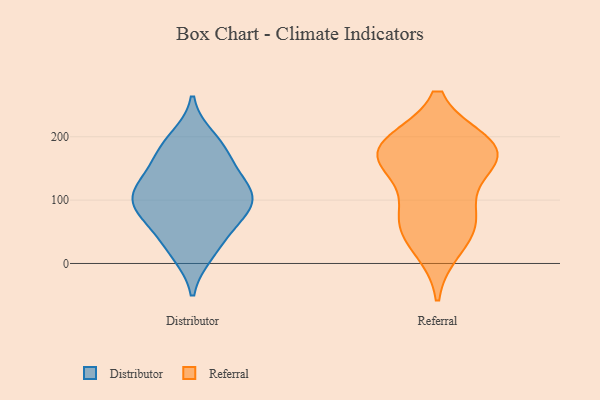
{"axis": {"x": "Active Users", "y": "Value"}, "legend": ["Distributor", "Referral"], "data": [{"x": "", "y": 133, "type": "Distributor"}, {"x": "", "y": 105, "type": "Distributor"}, {"x": "", "y": 87, "type": "Distributor"}, {"x": "", "y": 98, "type": "Distributor"}, {"x": "", "y": 83, "type": "Distributor"}, {"x": "", "y": 120, "type": "Distributor"}, {"x": "", "y": 197, "type": "Distributor"}, {"x": "", "y": 121, "type": "Distributor"}, {"x": "", "y": 16, "type": "Distributor"}, {"x": "", "y": 20, "type": "Distributor"}, {"x": "", "y": 58, "type": "Distributor"}, {"x": "", "y": 165, "type": "Distributor"}, {"x": "", "y": 102, "type": "Distributor"}, {"x": "", "y": 170, "type": "Distributor"}, {"x": "", "y": 187, "type": "Distributor"}, {"x": "", "y": 57, "type": "Distributor"}, {"x": "", "y": 188, "type": "Referral"}, {"x": "", "y": 71, "type": "Referral"}, {"x": "", "y": 25, "type": "Referral"}, {"x": "", "y": 183, "type": "Referral"}, {"x": "", "y": 81, "type": "Referral"}, {"x": "", "y": 153, "type": "Referral"}, {"x": "", "y": 57, "type": "Referral"}, {"x": "", "y": 185, "type": "Referral"}, {"x": "", "y": 170, "type": "Referral"}, {"x": "", "y": 168, "type": "Referral"}]}